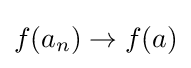
f(a_{n})\rightarrow f(a)